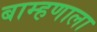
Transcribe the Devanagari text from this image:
बाम्हणाला